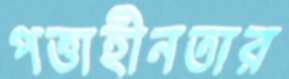
পত্তাহীনতার